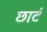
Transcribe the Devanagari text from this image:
छार्ट